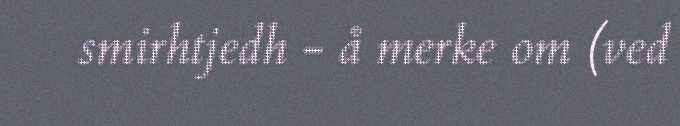
smirhtjedh - å merke om (ved